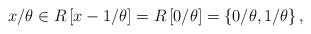
LaTeX: \begin{align*}x/\theta\in R\left[x-1/\theta\right]=R\left[0/\theta\right]=\left\{ 0/\theta,1/\theta\right\} ,\end{align*}